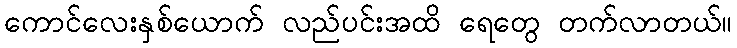
ကောင်လေးနှစ်ယောက် လည်ပင်းအထိ ရေတွေ တက်လာတယ်။